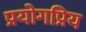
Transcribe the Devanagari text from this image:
प्रयोगप्रिय